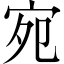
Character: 宛